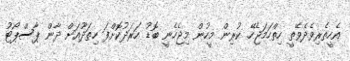
އެހީތެރިވެދެވޭތީ ހިތްހަމަޖެހޭ. ކުރިން މީހުން މިޖެހެނީ ބޮޑު ހަރަދުކޮށްފަ ހިތަދޫއަށް ދާން ޕާސްޕޯޓު